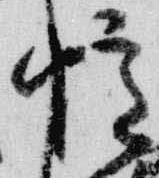
憶